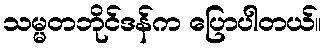
သမ္မတဘိုင်ဒန်က ပြောပါတယ်။